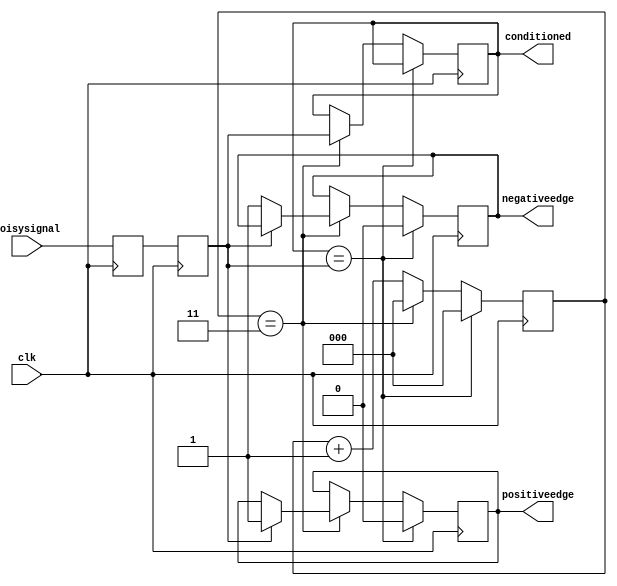
module inputconditioner(clk, noisysignal, conditioned, positiveedge, negativeedge);
output reg conditioned = 0;
output reg positiveedge = 0;
output reg negativeedge = 0;
input clk, noisysignal;

parameter counterwidth = 3;
parameter waittime = 3;

reg[counterwidth-1:0] counter =0;
reg synchronizer0 = 0;
reg synchronizer1 = 0;

always @(posedge clk) begin
    if(conditioned == synchronizer1) begin
        counter <= 0;
        // edge detection reset
        positiveedge <= 0;
        negativeedge <= 0;
        // end
    end
    else begin
        if (counter == waittime) begin
            counter <= 0;
            conditioned <= synchronizer1;
            // our added code for edge detection
            if (synchronizer1 == 1) 
                positiveedge <= 1;
            else
                negativeedge <= 1;
            // end our code
        end
        else 
            counter <= counter+1;
    end
    synchronizer1 = synchronizer0;
    synchronizer0 = noisysignal;
end
endmodule